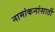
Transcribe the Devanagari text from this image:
नामांकनांसाठी